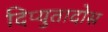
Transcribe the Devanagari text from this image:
दिप्युतादोस